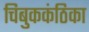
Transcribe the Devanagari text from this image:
चिबुककंठिका